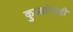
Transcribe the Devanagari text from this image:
कुत्र्यांनाही